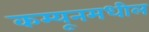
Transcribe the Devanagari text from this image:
कम्यूनमधील